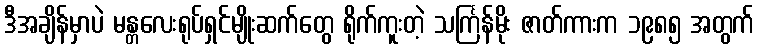
ဒီအချိန်မှာပဲ မန္တလေးရုပ်ရှင်မျိုးဆက်တွေ ရိုက်ကူးတဲ့ သင်္ကြန်မိုး ဇာတ်ကားက ၁၉၈၅ အတွက်